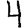
Digit: 4